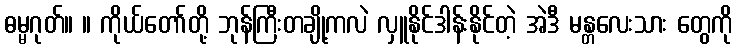
ဓမ္မဂုတ်။ ။ ကိုယ်တော်တို့ ဘုန်ကြီးတချို့ကလဲ လှူနိုင်ဒါန်းနိုင်တဲ့ အဲဒီ မန္တလေးသား တွေကို